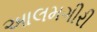
આલમગીરી